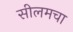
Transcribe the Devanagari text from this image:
सीलमचा